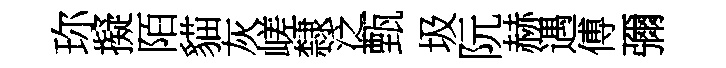
珎擬陌貓灰嵯隸泛甄圾阮赫遇傅彌